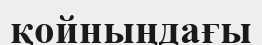
қойныңдағы